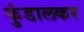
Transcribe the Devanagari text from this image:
कुंडालकर